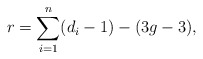
\begin{align*}r = \sum_{i=1}^{n}(d_{i}-1) - (3g-3), \end{align*}